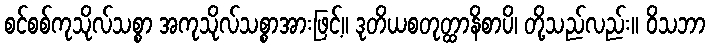
စင်စစ်ကုသိုလ်သစ္စာ အကုသိုလ်သစ္စာအားဖြင့်။ ဒုတိယစတုတ္ထာနိစာပိ၊ တို့သည်လည်း။ ဝိသဘာ